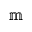
\mathbb { m }